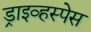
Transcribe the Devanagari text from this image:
ड्राइव्हस्पेस